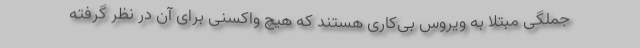
جملگی مبتلا به ویروس بی‌کاری هستند که هیچ واکسنی برای آن در نظر گرفته